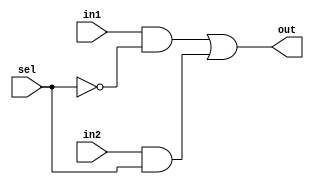
//2TO1 MUX USING DATAFLOW MODELLING
module MUX2TO1 (in1, in2, sel, out);
    input in1, in2, sel;
    output out;

    assign out = (in1 & (~sel)) | (in2 & sel);
endmodule

//8TO1 MUX USING DATAFLOW MODELLING
module MUX8TO1 (in, sel, out);
    input [7: 0] in;
    input [2: 0] sel;
    output out;

    assign out = in[sel];
endmodule

//USES THE MUXES, BUILD USING GENERATE STATEMENT
module MUX_ARRAY (muxInput1, mux1Sel, mux2Sel, mux2Out);
    input [7: 0] muxInput1;
    input [7: 0] mux1Sel;
    input [2: 0] mux2Sel;
    output mux2Out;

    genvar j;
    
    //INSTANTIATE THE 8 MUXES
    wire [7: 0] muxOut1;
    generate for (j = 0; j < 8; j = j + 1) begin: MUX_LOOP
        MUX2TO1 MUXj(muxInput1[j], 1'b0, mux1Sel[j], muxOut1[j]);
    end
    endgenerate

    //INSTANTIATE THE 8TO1 MUX
    MUX8TO1 MUX2(muxOut1, mux2Sel, mux2Out);
endmodule

//3-BIT SYNCHRONOUS UP COUNTER WITH AN ASYNCHRONOUS CLEAR, BEHAVIIOURAL MODELLING
module COUNTER_3BIT (clear, clock, counterOut);
    input clear, clock;
    output reg [2: 0] counterOut;

    always @ (posedge clock or posedge clear)
    begin
        if (clear) counterOut <= 3'b000;
        else begin
            counterOut <= counterOut + 1;
        end
    end
endmodule

//3T08DECODER WITH ACTIVE HIGH ENABLE AND ACTIVE HIGH OUTPUTS. BEHAVIOURAL MODELLING
module DECODER (decoderIn, enable, decoderOut);
    input [2: 0] decoderIn;
    output reg [7: 0] decoderOut;
    input enable;

    always @ (*)
    begin
        if (enable)
        begin
            case(decoderIn)
            3'b000: decoderOut <= 8'b00000001;
            3'b001: decoderOut <= 8'b00000010;
            3'b010: decoderOut <= 8'b00000100;
            3'b011: decoderOut <= 8'b00001000;
            3'b100: decoderOut <= 8'b00010000;
            3'b101: decoderOut <= 8'b00100000;
            3'b110: decoderOut <= 8'b01000000;
            3'b111: decoderOut <= 8'b10000000;
            endcase
        end
    end
endmodule

//8X8 INITIALISED MEMORY
module MEMORY (address, dataOut);
    input [2: 0] address;
    output [7: 0] dataOut;
    reg [7: 0] memory [7: 0];

    initial begin
        memory[0] = 8'h01;
        memory[1] = 8'h03;
        memory[2] = 8'h07;
        memory[3] = 8'h0f;
        memory[4] = 8'h1f;
        memory[5] = 8'h3f;
        memory[6] = 8'h7f;
        memory[7] = 8'hff;
    end

    assign dataOut = memory[address];
endmodule

//INTEGRATE THE MODULES
module TOP_MODULE(clear, clock, address, out);
    input clear, clock;
    input [2: 0] address;
    output out;

    //INSTANTIATE THE 3-BIT COUNTER
    wire [2: 0] counterOut;
    COUNTER_3BIT COUNTER(clear, clock, counterOut);

    //INSTANTIATE THE 3TO8 DECODER
    wire [7: 0] decoderOut;
    DECODER DEC(counterOut, 1'b1, decoderOut);

    //INSTANTIIATE THE 8X8 MEMORY
    wire [7: 0] dataOut;
    MEMORY MEM(address, dataOut);
    
    //INSTANTIATE THE MUX ARRAYY
    MUX_ARRAY MUXES(decoderOut, dataOut, counterOut, out);
endmodule

//TESTBENCH
module TESTBENCH;
    reg clear, clock;
    reg [2: 0] address;
    wire out;
    TOP_MODULE DP(clear, clock, address, out);

    initial begin
        clear = 1'b1;
        clock = 1'b0;
        address = 3'b000;
    end

    always #500000 clock = ~clock;
    always #8000000 address = address + 1;
    initial begin
        $monitor ($time, " ADDRESS = %b COUNTER_OUT = %b OUT = %b", address, DP.counterOut, out);
        #5 clear = 1'b0;
        #1000000000 $finish;
    end
endmodule